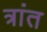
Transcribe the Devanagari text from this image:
त्रांत